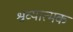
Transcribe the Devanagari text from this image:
श्रव्यात्मक